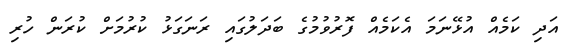
އަދި ކަމެއް އުޅޭނަމަ އެކަމެއް ފޮރުވުމުގެ ބަދަލުގައި ރަނަގަޅު ކުރުމަށް ކުރަން ހުރި